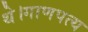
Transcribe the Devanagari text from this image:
थे।गाणपत्य